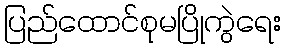
ပြည်ထောင်စုမပြိုကွဲရေး